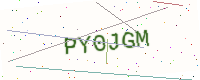
Text: PY0JGM